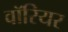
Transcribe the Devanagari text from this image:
वाॅरियर